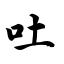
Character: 吐